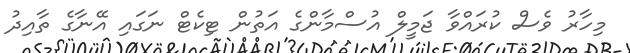
މިހާރު ވެސް ކުރައްވާ ޖަމީލް އުސްމާންގެ އަތުން ޓިކެޓް ނަގައި އޭނާގެ ތާއިދު